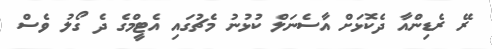
ރޭ ރެޑިންއާ ދެކޮޅަށް އާސެނަލް ކުޅުނު މެޗުގައި އެޓީމްގެ ދެ ގޯލު ވެސް